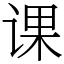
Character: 课